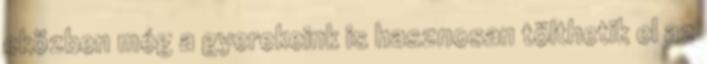
eközben még a gyerekeink is hasznosan tölthetik el az